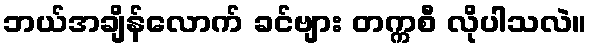
ဘယ်အချိန်လောက် ခင်ဗျား တက္ကစီ လိုပါသလဲ။